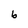
Character: b